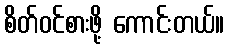
စိတ်ဝင်စားဖို့ ကောင်းတယ်။